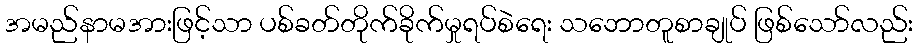
အမည်နာမအားဖြင့်သာ ပစ်ခတ်တိုက်ခိုက်မှုရပ်စဲရေး သဘောတူစာချုပ် ဖြစ်သော်လည်း